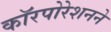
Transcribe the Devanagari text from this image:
काॅरपोरेशनने